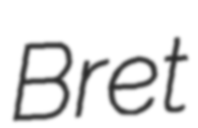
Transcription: Bret